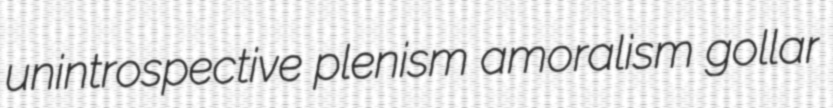
unintrospective plenism amoralism gollar